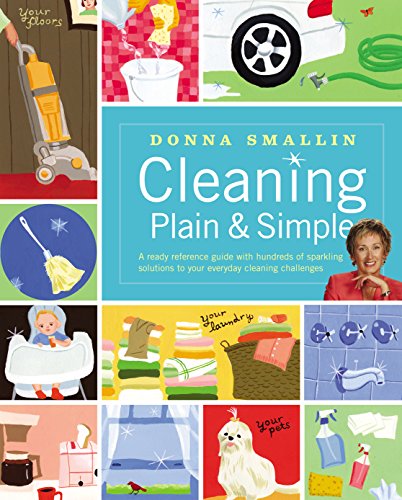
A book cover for Cleaning Plain & Simple: A ready reference guide with hundreds of sparkling solutions to your everyday cleaning challenges; Donna Smallin; Crafts, Hobbies & Home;